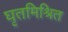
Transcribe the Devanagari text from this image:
घृतमिश्रित